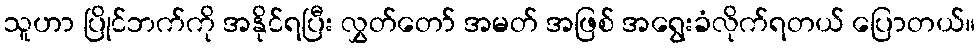
သူဟာ ပြိုင်ဘက်ကို အနိုင်ရပြီး လွှတ်တော် အမတ် အဖြစ် အရွေးခံလိုက်ရတယ် ပြောတယ်။